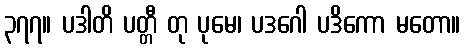
၃၇၇။ ပဒါတိ ပတ္တီ တု ပုမေ၊ ပဒဂေါ ပဒိကော မတော။